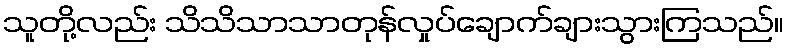
သူတို့လည်း သိသိသာသာတုန်လှုပ်ချောက်ချားသွားကြသည်။